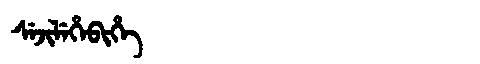
Manchu: ᠰᡝᠵᡳᠯᡝᡥᡝᠪᡳᡥᡝ
Romanization: SEJILEHEBIHE